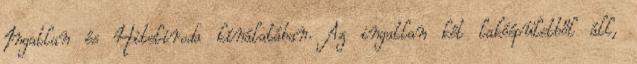
Ingatlan és Hiteliroda kínálatában. Az ingatlan két lakóépületből áll,